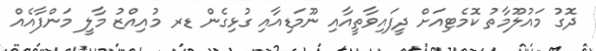
ދޮގު މައުލޫމާތު ކޮމެޓިއަށް ދީފައިވާތީއާއި ނޫމަޑިއާއި ގުޅިގެން ޑރ މުއިއްޒު މާލީ މަންފާއެއް